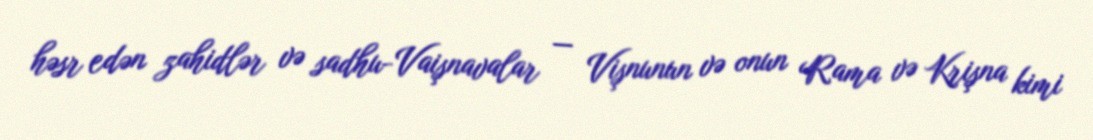
həsr edən zahidlər və sadhu-Vaişnavalar — Vişnunun və onun Rama və Krişna kimi